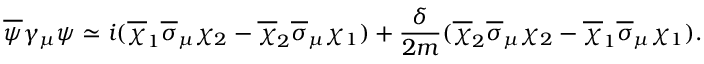
\overline { { { \psi } } } \gamma _ { \mu } \psi \simeq i ( \overline { { { \chi } } } _ { 1 } \overline { { { \sigma } } } _ { \mu } \chi _ { 2 } - \overline { { { \chi } } } _ { 2 } \overline { { { \sigma } } } _ { \mu } \chi _ { 1 } ) + { \frac { \delta } { 2 m } } ( \overline { { { \chi } } } _ { 2 } \overline { { { \sigma } } } _ { \mu } \chi _ { 2 } - \overline { { { \chi } } } _ { 1 } \overline { { { \sigma } } } _ { \mu } \chi _ { 1 } ) .